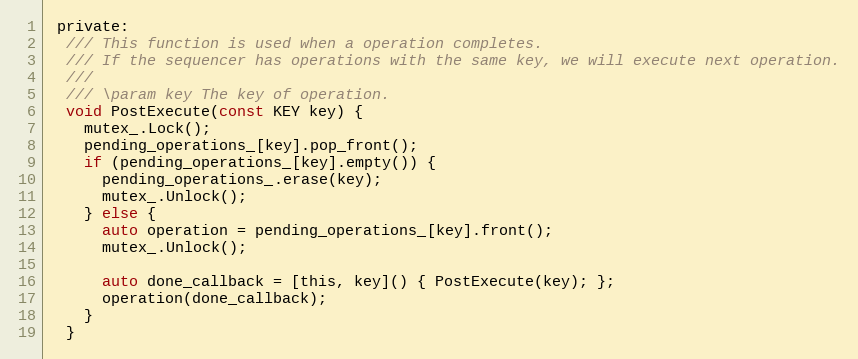
Language: C
 private:
  /// This function is used when a operation completes.
  /// If the sequencer has operations with the same key, we will execute next operation.
  ///
  /// \param key The key of operation.
  void PostExecute(const KEY key) {
    mutex_.Lock();
    pending_operations_[key].pop_front();
    if (pending_operations_[key].empty()) {
      pending_operations_.erase(key);
      mutex_.Unlock();
    } else {
      auto operation = pending_operations_[key].front();
      mutex_.Unlock();

      auto done_callback = [this, key]() { PostExecute(key); };
      operation(done_callback);
    }
  }